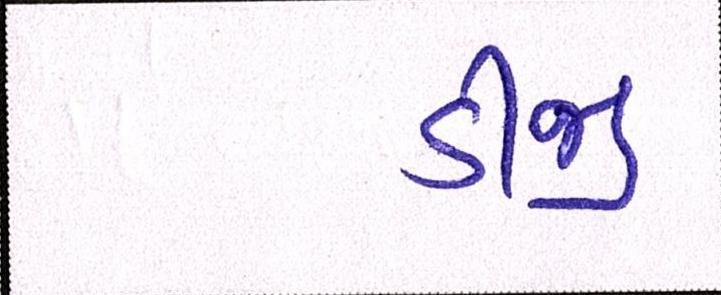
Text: ડીજી